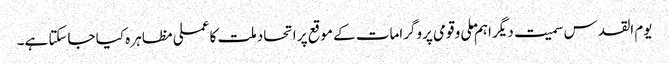
یوم القدس سمیت دیگر اہم ملی و قومی پروگرامات کے موقع پر اتحاد ملت کا عملی مظاہر ہ کیا جاسکتا ہے۔